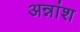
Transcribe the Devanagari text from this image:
अन्नांश